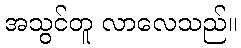
အသွင်တူ လာလေသည်။